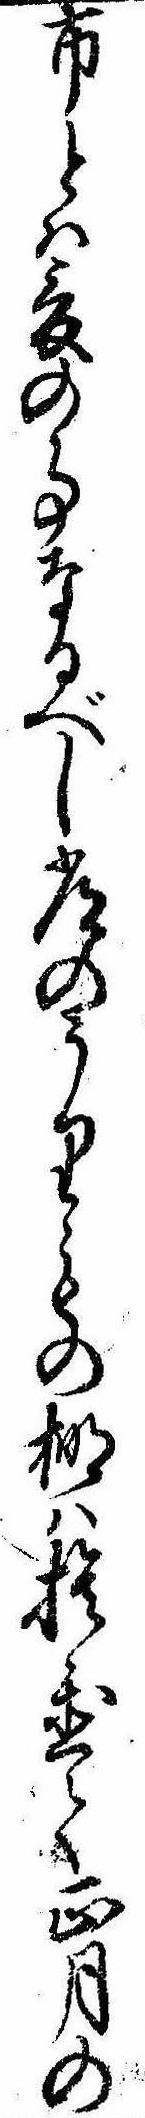
市とは爰の事なるべし常のうりもの棚は捨置て正月の